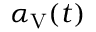
\alpha _ { \mathrm { V } } ( t )